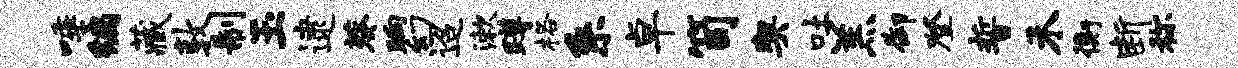
唾编藏敦制玉逮葵晌幻迢漱蹲格系卓笥契吐羔御登誓禾衡断称